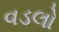
વડલો